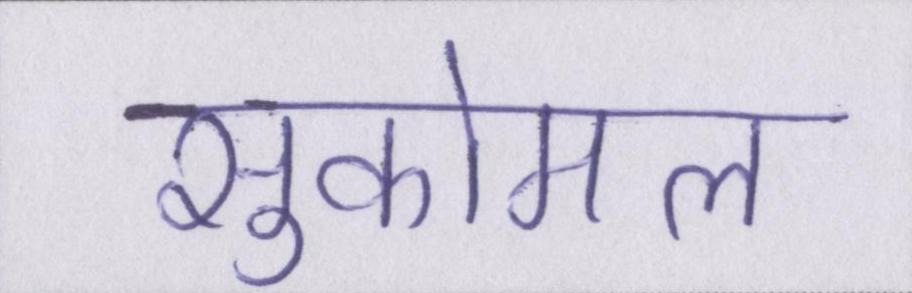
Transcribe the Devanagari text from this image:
सुकोमल